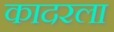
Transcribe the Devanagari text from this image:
कादरला